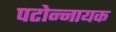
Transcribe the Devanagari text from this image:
पटोन्नायक